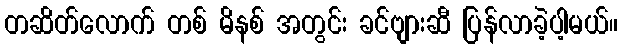
တဆိတ်လောက် တစ် မိနစ် အတွင်း ခင်ဗျားဆီ ပြန်လာခဲ့ပါ့မယ်။